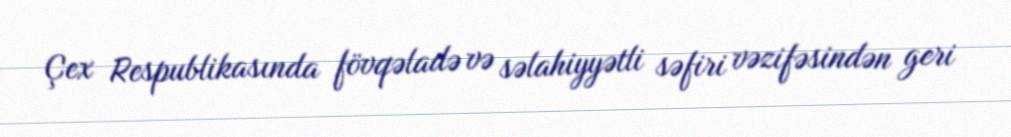
Çex Respublikasında fövqəladə və səlahiyyətli səfiri vəzifəsindən geri